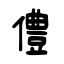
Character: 僼